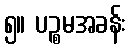
၅။ ပဉ္စမအခန်း